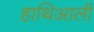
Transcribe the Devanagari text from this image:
हाथिआली